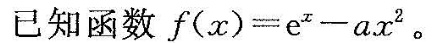
已经函数f(x)=e^x-ax^2。